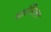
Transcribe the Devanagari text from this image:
वार्तसिला